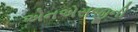
એનએસજીની